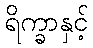
ရိက္ခာနှင့်